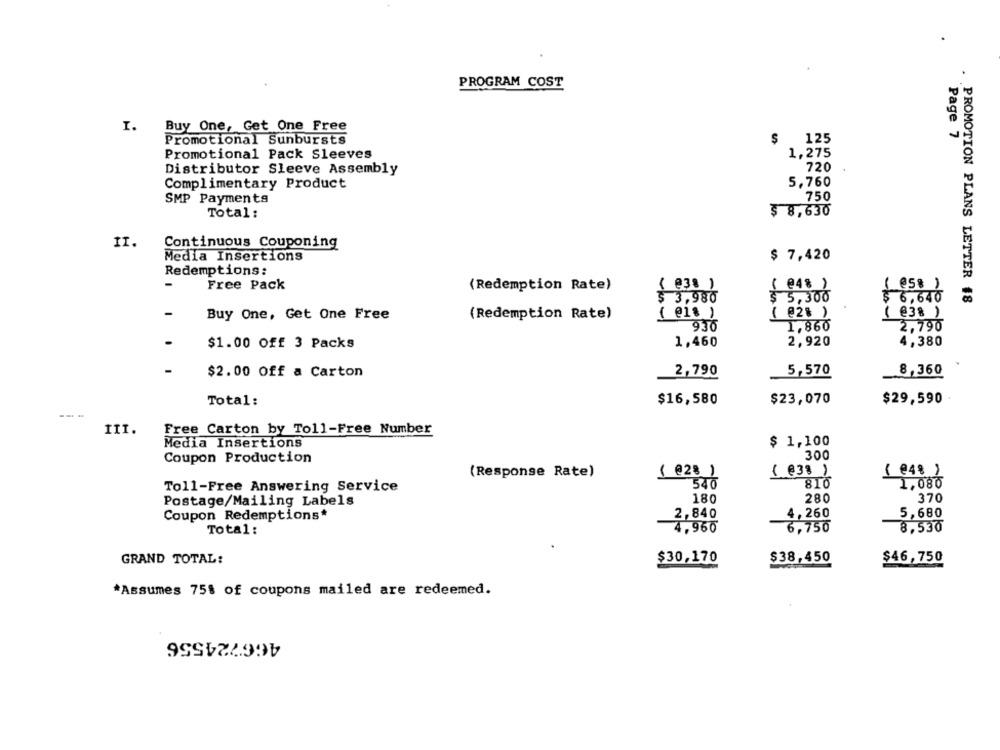
PROGRAM COST
I.
Buy One, Get One Free
Promotional Sunbursts
125
Page 7
Promotional Pack Sleeves
1,275
Distributor Sleeve Assembly
720
Complimentary Product
5,760
SMP Payments
750
Total:
$ 8,630
II.
Continuous Couponing
$ 7,420
Media Insertions
Redemptions:
-
Free Pack
( 938 )
( @48)
(Redemption Rate)
( 58)
$ 3,980
$ 5,300
$ 6,640
. PROMOTION PLANS LETTER 48
-
Buy One, Get One Free
(Redemption Rate)
( @1s )
( @28 )
( @38 )
930
1,860
2,790
$1.00 Off 3 Packs
1,460
2,920
4,380
-
$2.00 Off a Carton
2,790
5,570
8,360
Total:
$16,580
$23,070
$29,590 .
III.
Free Carton by Toll-Free Number
Media Insertions
$ 1,100
300
Coupon Production
( 838 )
(Response Rate)
( 28 )
( 448)
Toll-Free Answering Service
540
810
1,080
Postage/Mailing Labels
180
280
370
Coupon Redemptions*
2,840
4,260
5,680
Total:
4,960
6,750
8,530
GRAND TOTAL:
$30,170
$38,450
$46,750
*Assumes 75% of coupons mailed are redeemed.
466724556